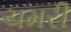
ચમરી